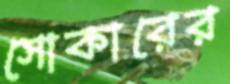
সোকারের